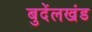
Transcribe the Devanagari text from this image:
बुदेंलखंड